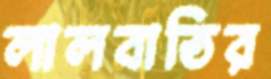
লালবাতির